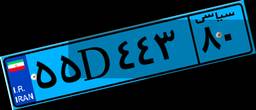
۱۶D۱۰۸۹۲